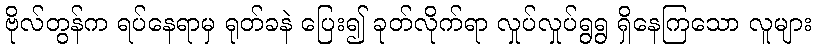
ဗိုလ်တွန်က ရပ်နေရာမှ ရုတ်ခနဲ ပြေး၍ ခုတ်လိုက်ရာ လှုပ်လှုပ်ရွရွ ရှိနေကြသော လူများ